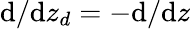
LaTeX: {\textnormal{d}}/{\textnormal{d}z_{d}}=-{\textnormal{d}}/{\textnormal{d}z}